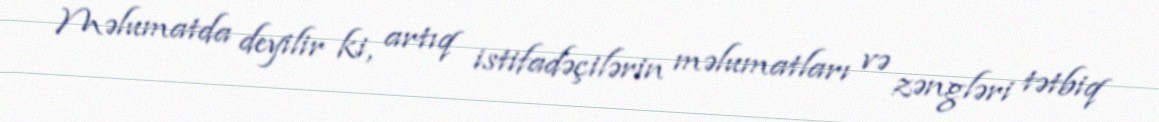
Məlumatda deyilir ki, artıq istifadəçilərin məlumatları və zəngləri tətbiq